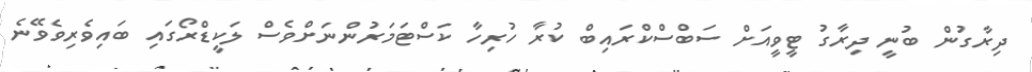
ދިރާގުން ބުނީ ދިރާގު ޓީވީއަށް ސަބްސްކްރައިބް ކުރާ ހުރިހާ ކަސްޓަމަރުންނަށްވެސް ލަކީޑްރޯގައި ބައިވެރިވެވޭނެ